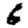
Digit: 6